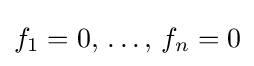
f_{1}=0,\,\ldots ,\,f_{n}=0